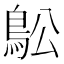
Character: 𲍜